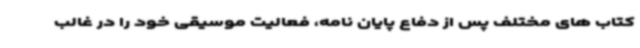
کتاب های مختلف پس از دفاع پایان نامه، فعالیت موسیقی خود را در غالب